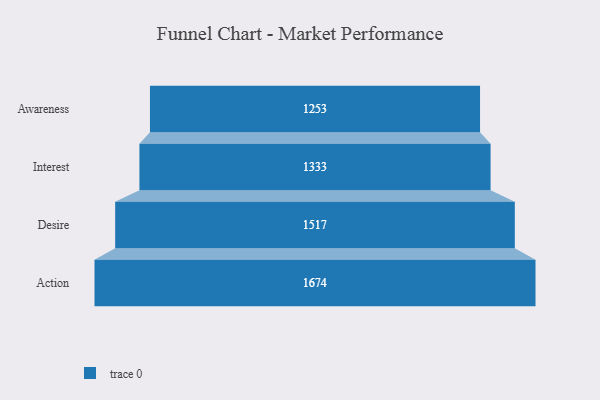
{"axis": {"x": "Stage", "y": "Value"}, "legend": [""], "data": [{"x": "Awareness", "y": 1253.0, "type": ""}, {"x": "Interest", "y": 1333.0, "type": ""}, {"x": "Desire", "y": 1517.0, "type": ""}, {"x": "Action", "y": 1674.0, "type": ""}]}